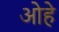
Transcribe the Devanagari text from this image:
ओहे